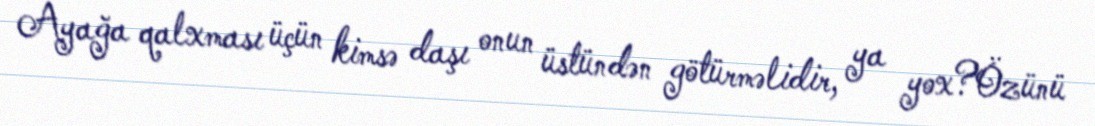
Ayağa qalxması üçün kimsə daşı onun üstündən götürməlidir, ya yox?Özünü